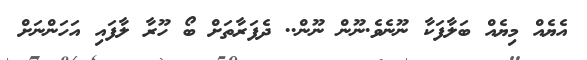
އެޔެއް މިޔެއް ބަލާފަކާ ނޫނެވެ.ނޫން ނޫން.. ދެފަރާތަށް ބޯ ހޫރާ ލާފައި އަހަންނަށް